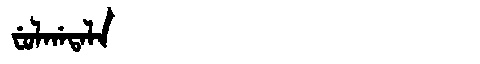
Manchu: ᠸᡠᠯᡤᠠᡨᠠᠯᠠ
Romanization: FULGATALA